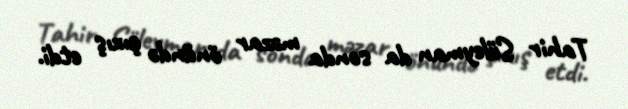
Tahir Süleyman da sonda məzar önündə çıxış etdi.